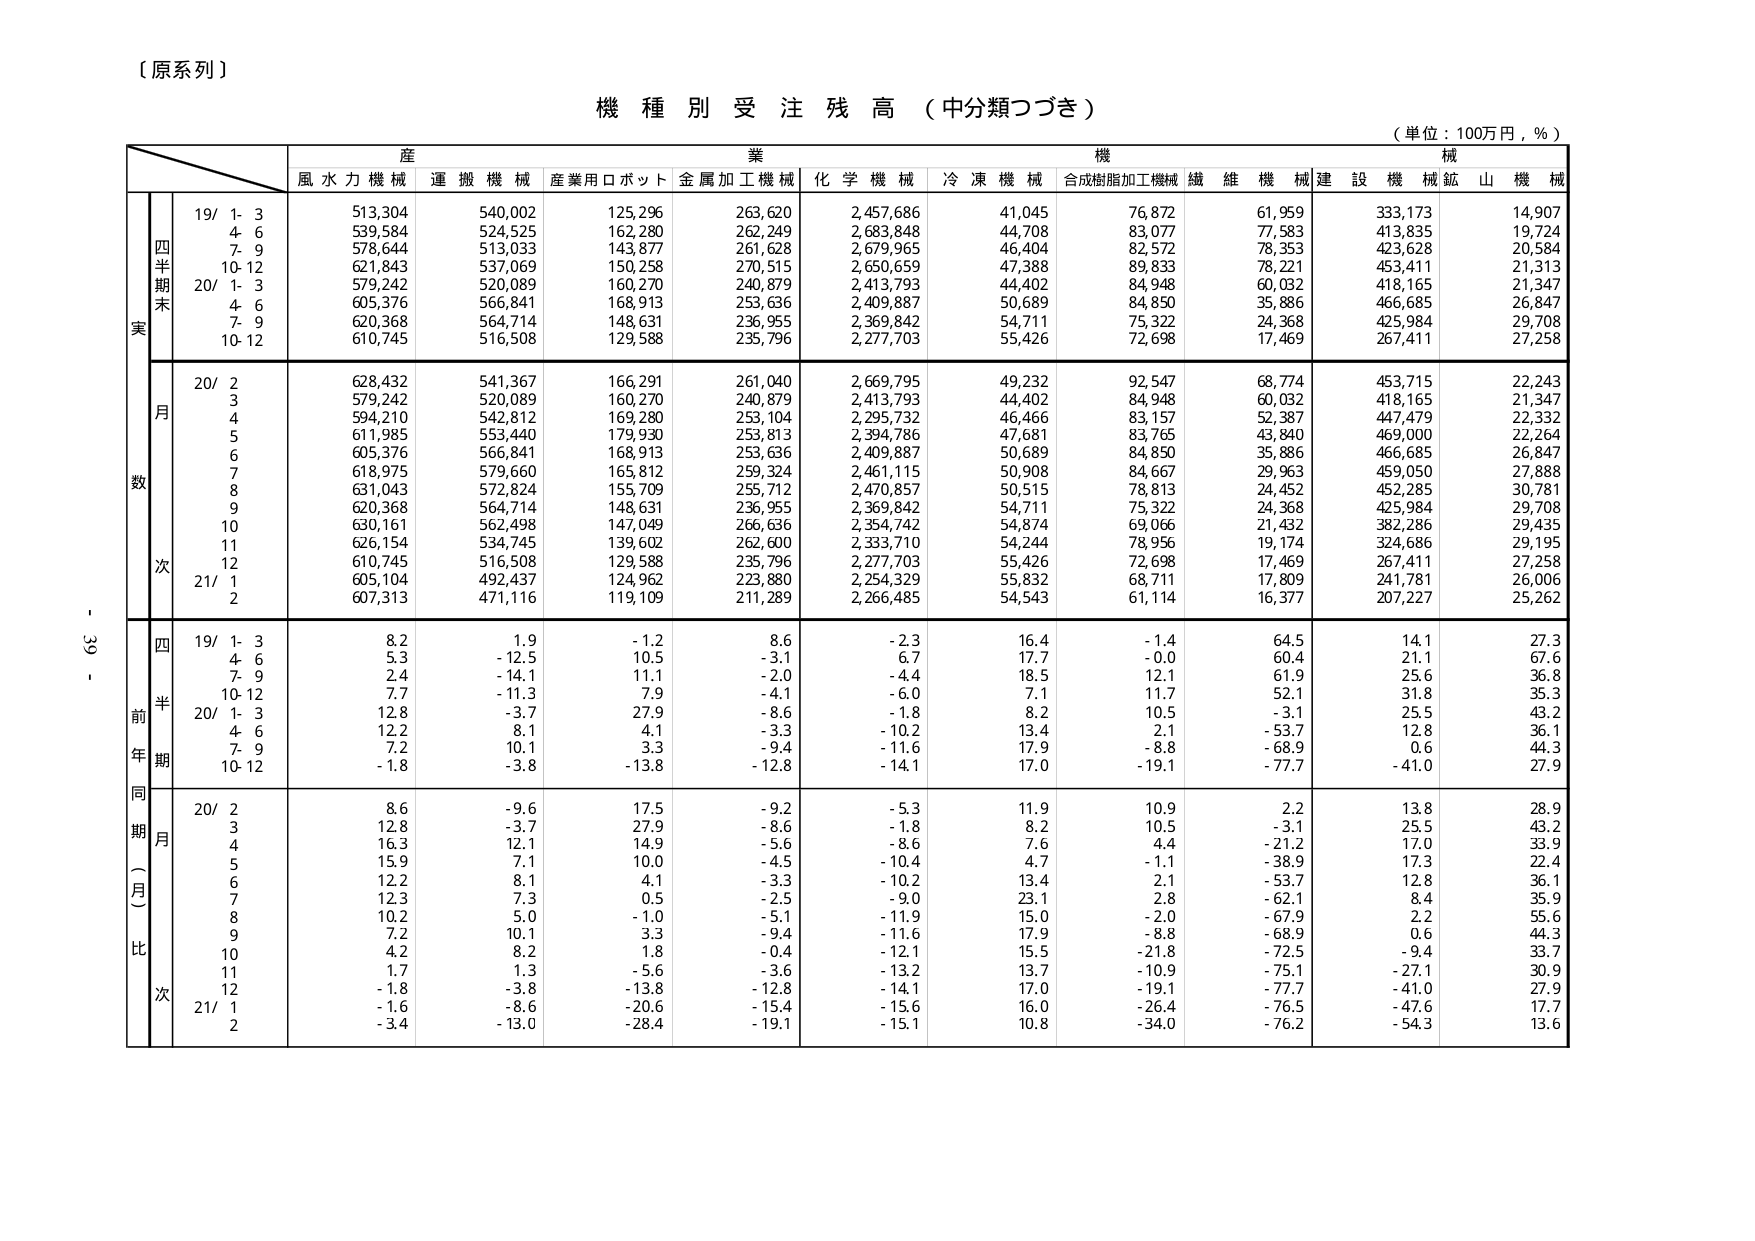
【原系列】

機種別受注残高（中分類つづき）

（単位：100万円，％）